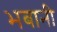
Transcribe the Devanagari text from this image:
भबानी